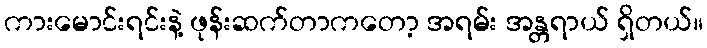
ကားမောင်းရင်းနဲ့ ဖုန်းဆက်တာကတော့ အရမ်း အန္တရာယ် ရှိတယ်။